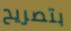
بتصريح